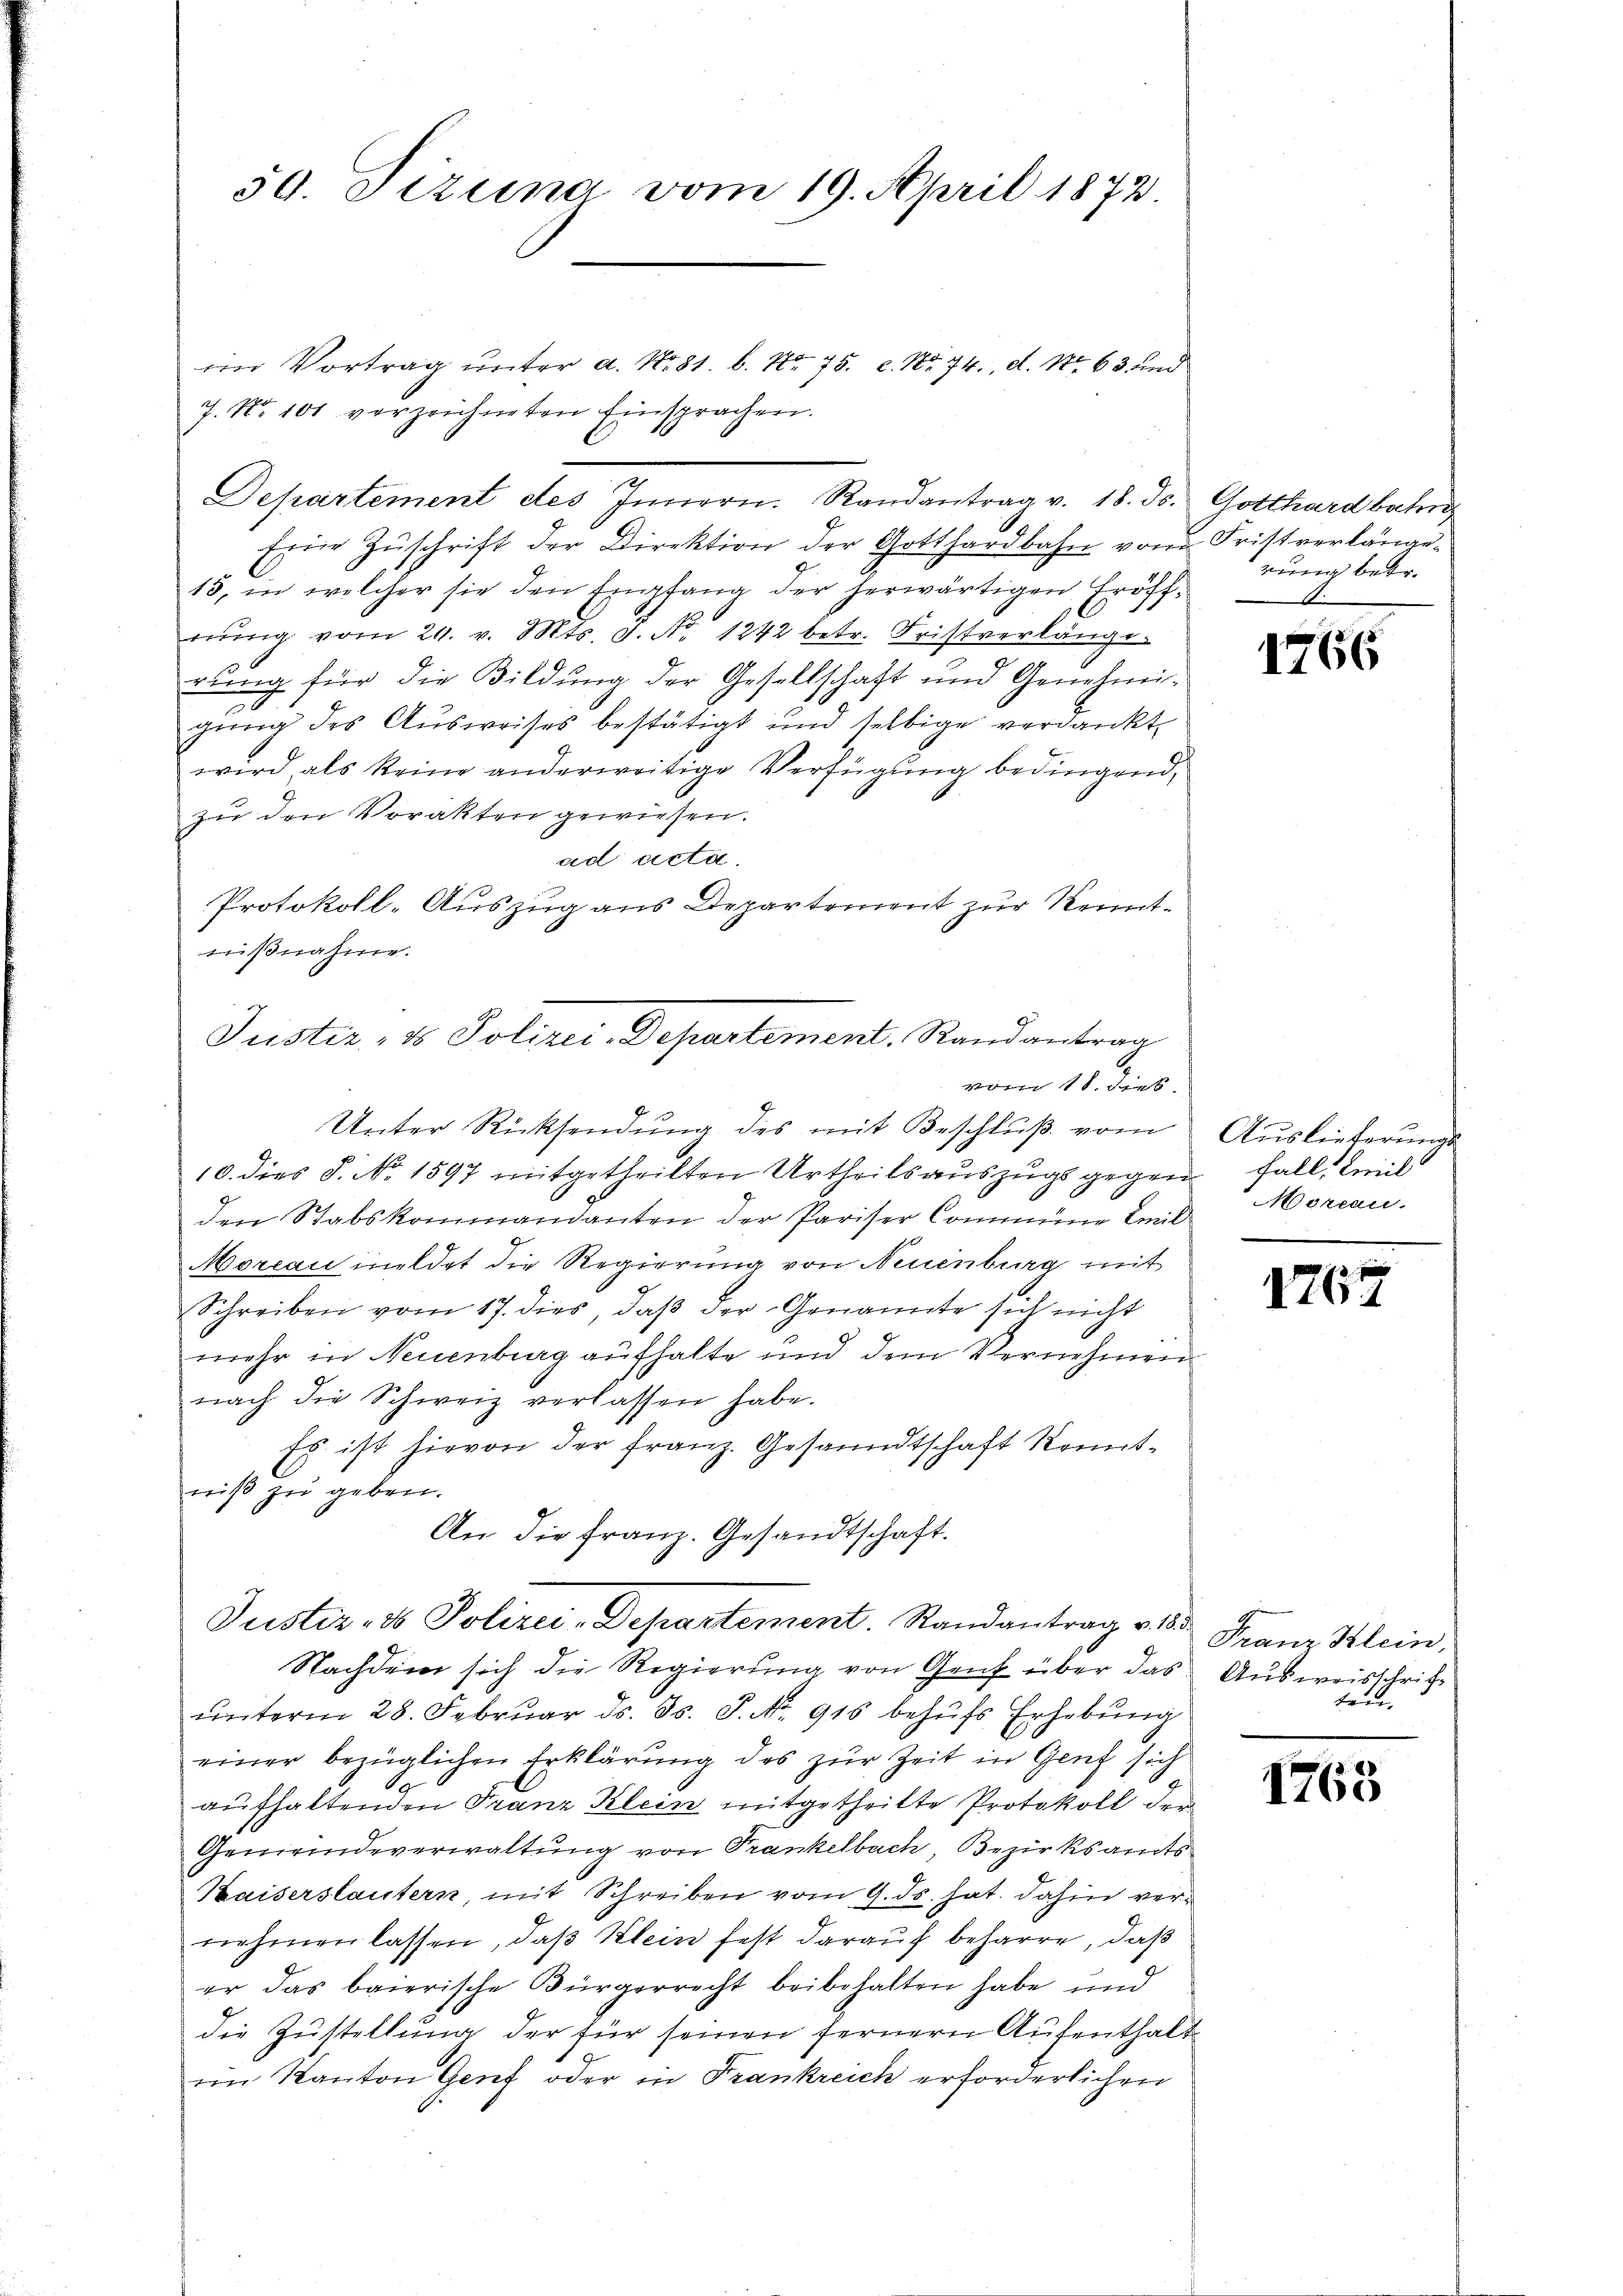
50. Pizuna vom 19. April 1872.

im Vortrag unter a. No. 81. b. Nr. 75. c. No. 74. d. No 63 und
7. No 101 vorzeichneten Einsprachen.
Departement des Innern. Randantrag v. 18. ds. Gotthardbahn
Eine Zŭschrift der Direktion der Gotthardbahn vom Fristverlänge-
13, in welcher sie den Empfang der herwärtigen Eröff-
rŭng vom 24. v. Mts. S. Nr. 1272 betr. Fristverlänge
rung für die Bildung der Gesellschaft und Genehmigung des Ausweises bestätigt und selbige verdankt,
wird als keine anderweitige Verfügŭng bedingend,
zu den Vorakten gewiesen.
ad acta.
Protokoll-Auszug aus Departement zur Kenntnißnahme.
Unter Rücksendung des mit Beschluß vom
10. dies S. No. 1597 mitgetheilten Urtheils aŭszŭgsgegen fall, Emil
den Stabskommandanten der Pariser Commune Emil
Morcai meldet die Regierung von Neuenburg mit
Schreiben vom 17. dies, daβ der Genannte sich nicht
mehr in Neuenburg aufhalte und dem Vernehmen
nach die Schweiz verlassen habe.
Es ist hirvon der Franz. Gesandtschaft konntniß zu geben.
An die franz. Gesandtschaft.
Justiz- & Polizei-Departement. Randantrag v. der Franz Klein,
Nachdem sich die Regierung von Genf über das Ausweisschrift
ŭnterm 28. Februar d. Js. S. No. 915 behŭfs Erhebung
einer bezüglichen Erklärung des zur Zeit in Genf sich
aufhaltenden Franz Klein mitgetheilte Protokoll den
Gemeindeverwaltung von Frankelbach, Bezirksamts
Kaiserstautern, mit Schreiben vom 9. ds. hat. dahin vernehmen lassen, daß Klein fest darauf beharre, daß
er das baierische Bürgerrecht beibehalten habe und
die Zustellung der für seinen fernern Aufenthalt
im Kanton Genf oder in Frankreich erforderlichen

Justiz, ds Polizei-Departement. Randantrag

rung betr.

1766

Auslieferunge
Morcau

1767

ten.

1765